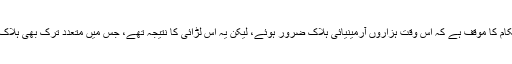
انقرہ حکام کا موقف ہے کہ اُس وقت ہزاروں آرمینیائی ہلاک ضرور ہوئے، لیکن یہ اس لڑائی کا نتیجہ تھے، جس میں متعدد ترک بھی ہلاک ہوئے۔